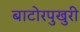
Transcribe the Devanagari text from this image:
बाटोरपुखुरी